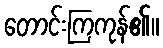
တောင်းကြကုန်၏။